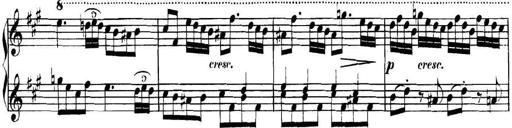
Title: Collected Piano Sonatas
Composer: Muzio Clementi